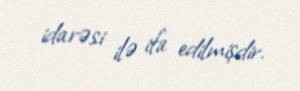
idarəsi ilə ifa edilmişdir.